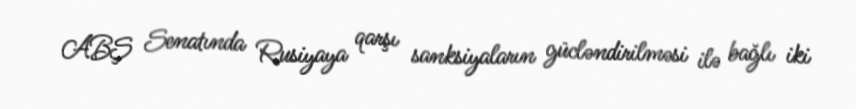
ABŞ Senatında Rusiyaya qarşı sanksiyaların gücləndirilməsi ilə bağlı iki